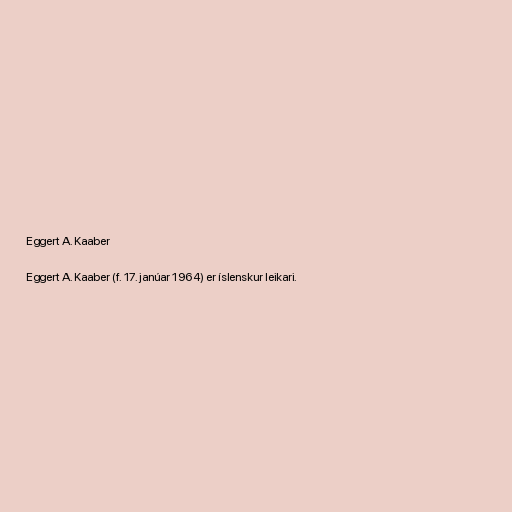
Eggert A. Kaaber

Eggert A. Kaaber (f. 17. janúar 1964) er íslenskur leikari.